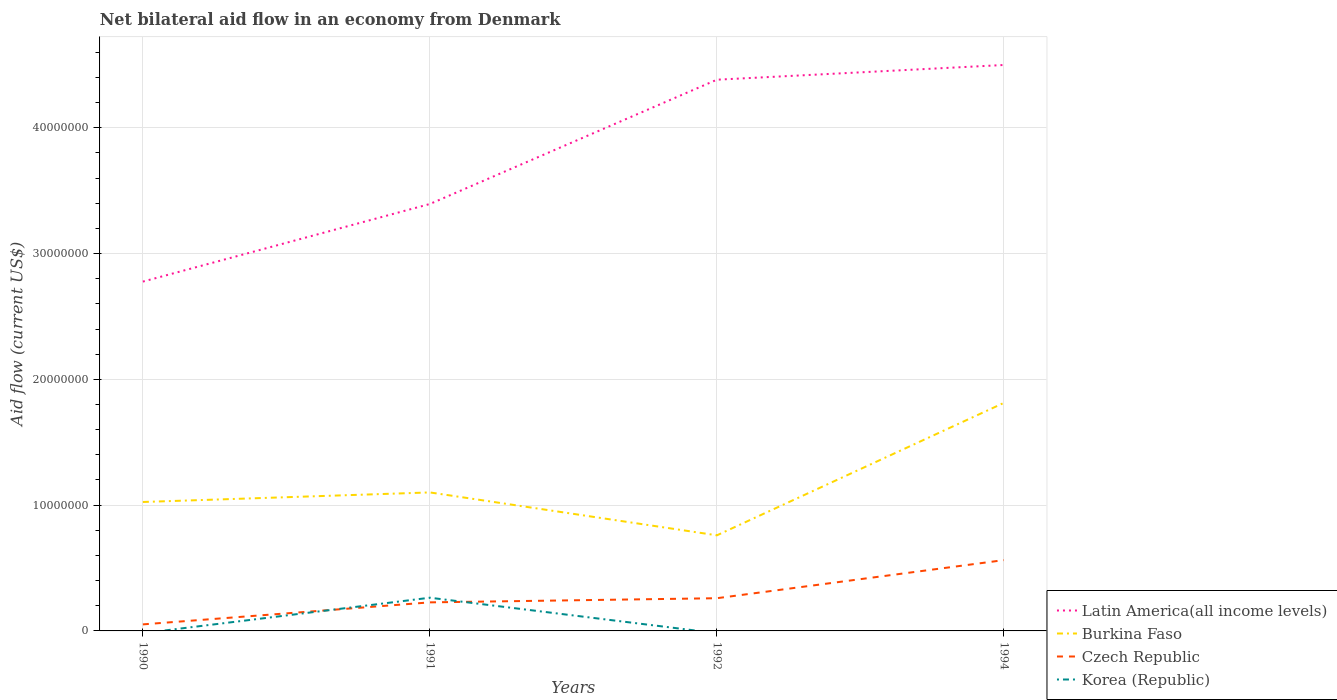
| Years | Latin America(all income levels) | Burkina Faso | Czech Republic | Korea (Republic) |
 | --- | --- | --- | --- | --- |
 | 1990 | 2.78e+07 | 1.02e+07 | 5.2e+05 | -1.8e+05 |
 | 1991 | 3.39e+07 | 1.1e+07 | 2.27e+06 | 2.64e+06 |
 | 1992 | 4.38e+07 | 7.6e+06 | 2.6e+06 | -1.8e+05 |
 | 1994 | 4.5e+07 | 1.81e+07 | 5.63e+06 | -7e+04 |